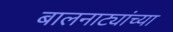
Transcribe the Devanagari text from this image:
बालनाट्यांच्या